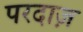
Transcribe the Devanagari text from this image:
परदाज़